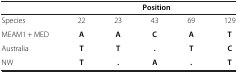
|  | <COLSPAN=5> Position |
 | --- | --- | --- | --- | --- | --- |
 | Species | 22 | 23 | 43 | 69 | 129 |
 | MEAM1 + MED | A | A | C | A | T |
 | Australia | T | T | . | T | C |
 | NW | T | . | A | . | T |